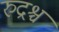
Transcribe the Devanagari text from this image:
रुद्रश्च